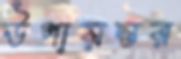
উপায়ন্তর